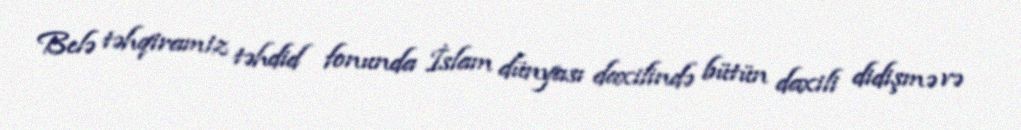
Belə təhqiramiz təhdid fonunda İslam dünyası daxilində bütün daxili didişmə və